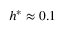
h ^ { * } \approx 0 . 1